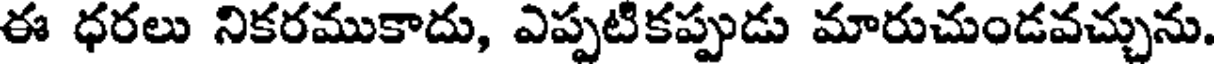
ఈ ధరలు నికరముకాదు, ఎప్పటికప్పుడు మారుచుండవచ్చును.